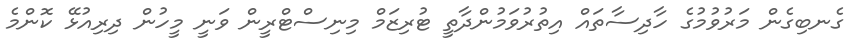
ގެނބިގެން މަރުވުމުގެ ހާދިސާތައް އިތުރުވަމުންދާތީ ޓުރިޒަމް މިނިސްޓްރީން ވަނީ މީހުން ދިރިއުޅޭ ކޮންމެ